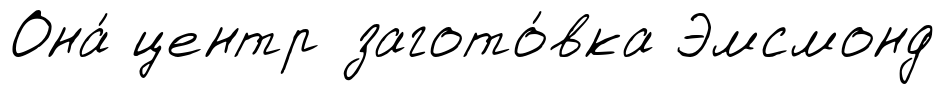
Она́ центр загото́вка Эмсмонд